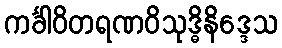
ကင်္ခါဝိတရဏဝိသုဒ္ဓိနိဒ္ဒေသ